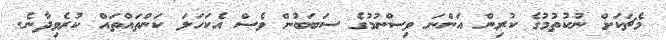
މެޗަކަށް ނުކުތުމުގެ ކުރިން އަންނަ ވިސްނުމުގެ ސަބަބުން ވެސް އެކަހަލަ ކަންތައްތައް ކުރެވިދާނެ.